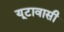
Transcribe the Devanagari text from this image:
यूटावासी